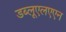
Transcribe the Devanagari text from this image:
डब्लूएलएएन